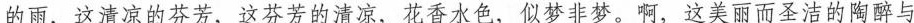
的雨，这清凉的芬芳，这芬芳的清凉，花香水色，似梦非梦。啊，这美丽而圣洁的陶醉与